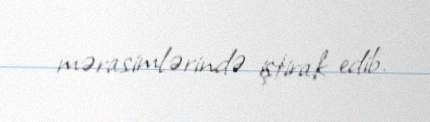
mərasimlərində iştirak edib.